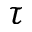
\tau